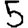
Digit: 5